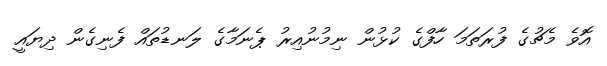
އޮވެ މެޗުގެ ފުރަތަމަ ހާފްގެ ކުޅުން ނިމުނުއިރު ޕެނަމާގެ ލަނޑުތައް ފެނިގެން ދިޔައީ